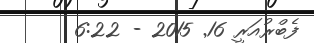
ފެބްރުއަރީ 16